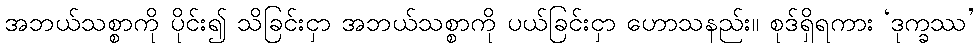
အဘယ်သစ္စာကို ပိုင်း၍ သိခြင်းငှာ အဘယ်သစ္စာကို ပယ်ခြင်းငှာ ဟောသနည်း။ စုဒ်ရှိရကား ‘ဒုက္ခဿ’